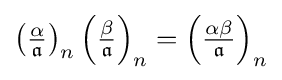
\left({\tfrac {\alpha }{\mathfrak {a}}}\right)_{n}\left({\tfrac {\beta }{\mathfrak {a}}}\right)_{n}=\left({\tfrac {\alpha \beta }{\mathfrak {a}}}\right)_{n}